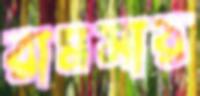
রামসার